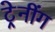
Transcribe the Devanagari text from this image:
ट्रेनींग